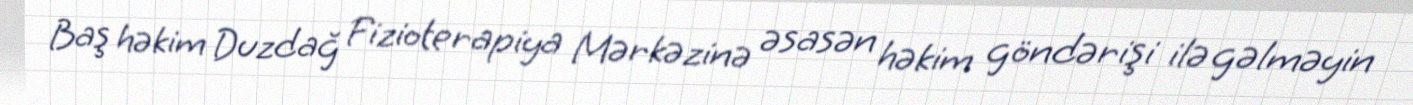
Baş həkim Duzdağ Fizioterapiya Mərkəzinə əsasən həkim göndərişi ilə gəlməyin